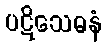
ပဋိသေဓနံ